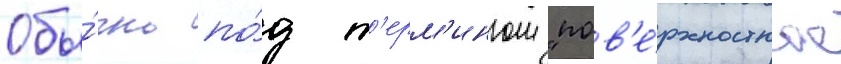
Обы́чно по́д т'ерм'ином "пов'е́рхностное